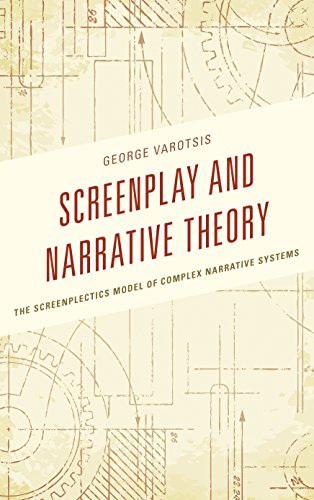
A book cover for Screenplay and Narrative Theory: The Screenplectics Model of Complex Narrative Systems; George Varotsis; Humor & Entertainment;